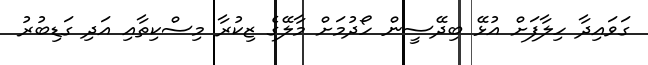
ގަވައިދާ ހިލާފަށް އުޅޭ ބިދޭސީން ހޯދުމަށް މާލޭގެ ޒިކުރާ މިސްކިތާއި އަދި ގަޑިބުރު